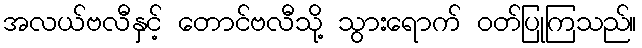
အလယ်ဗလီနှင့် တောင်ဗလီသို့ သွားရောက် ဝတ်ပြုကြသည်။